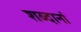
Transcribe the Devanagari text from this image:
शब्दानां